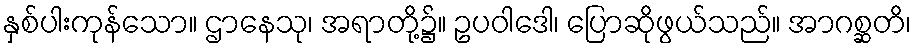
နှစ်ပါးကုန်သော။ ဌာနေသု၊ အရာတို့၌။ ဥပဝါဒေါ၊ ပြောဆိုဖွယ်သည်။ အာဂစ္ဆတိ၊